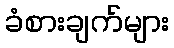
ခံစားချက်များ